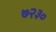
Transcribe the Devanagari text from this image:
७२३०